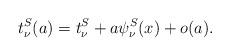
LaTeX: \begin{align*}t_\nu^S(a)= t_\nu^S + a \psi_\nu^S(x) +o(a).\end{align*}